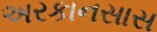
અરકાનસાસ